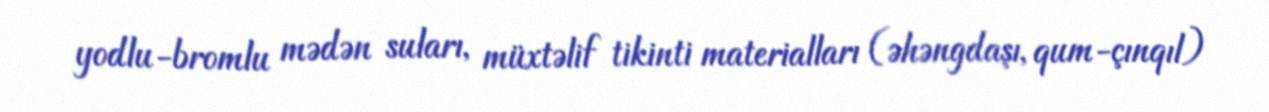
yodlu-bromlu mədən suları, müxtəlif tikinti materialları (əhəngdaşı, qum-çınqıl)